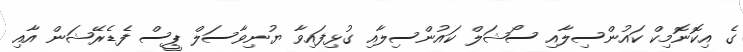
ގެ އިކޮނޮމިކް ކައުންސިލާއި ސޯޝަލް ކައުންސިލާއި ގުޅިފައިވާ ޔުނިވާސަލް ޕީސް ފެޑެރޭޝަން އާއި